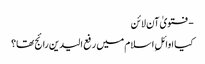
- فتویٰ آن لائن
کیا اوائلِ اسلام میں‌ رفع الیدین رائج تھا؟